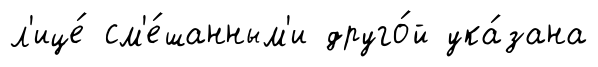
л'ице́ см'е́шанным'и друго́й ука́зана